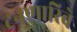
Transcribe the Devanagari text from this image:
टनणारिवे